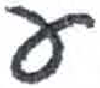
אות: ע